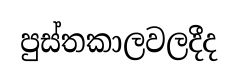
පුස්තකාලවලදීද